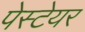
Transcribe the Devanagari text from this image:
पेस्टेयर